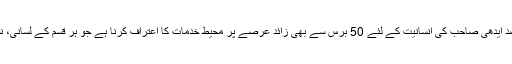
ڈی ایچ اے حکام کے مطابق اس فیصلے کا مقصد ایدھی صاحب کی انسانیت کے لئے 50 برس سے بھی زائد عرصے پر محیط خدمات کا اعتراف کرنا ہے جو ہر قسم کے لسانی، نسلی، مذہبی یا علاقائی تعصب سے بے نیاز ہیں۔